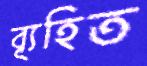
ব্যূহিত